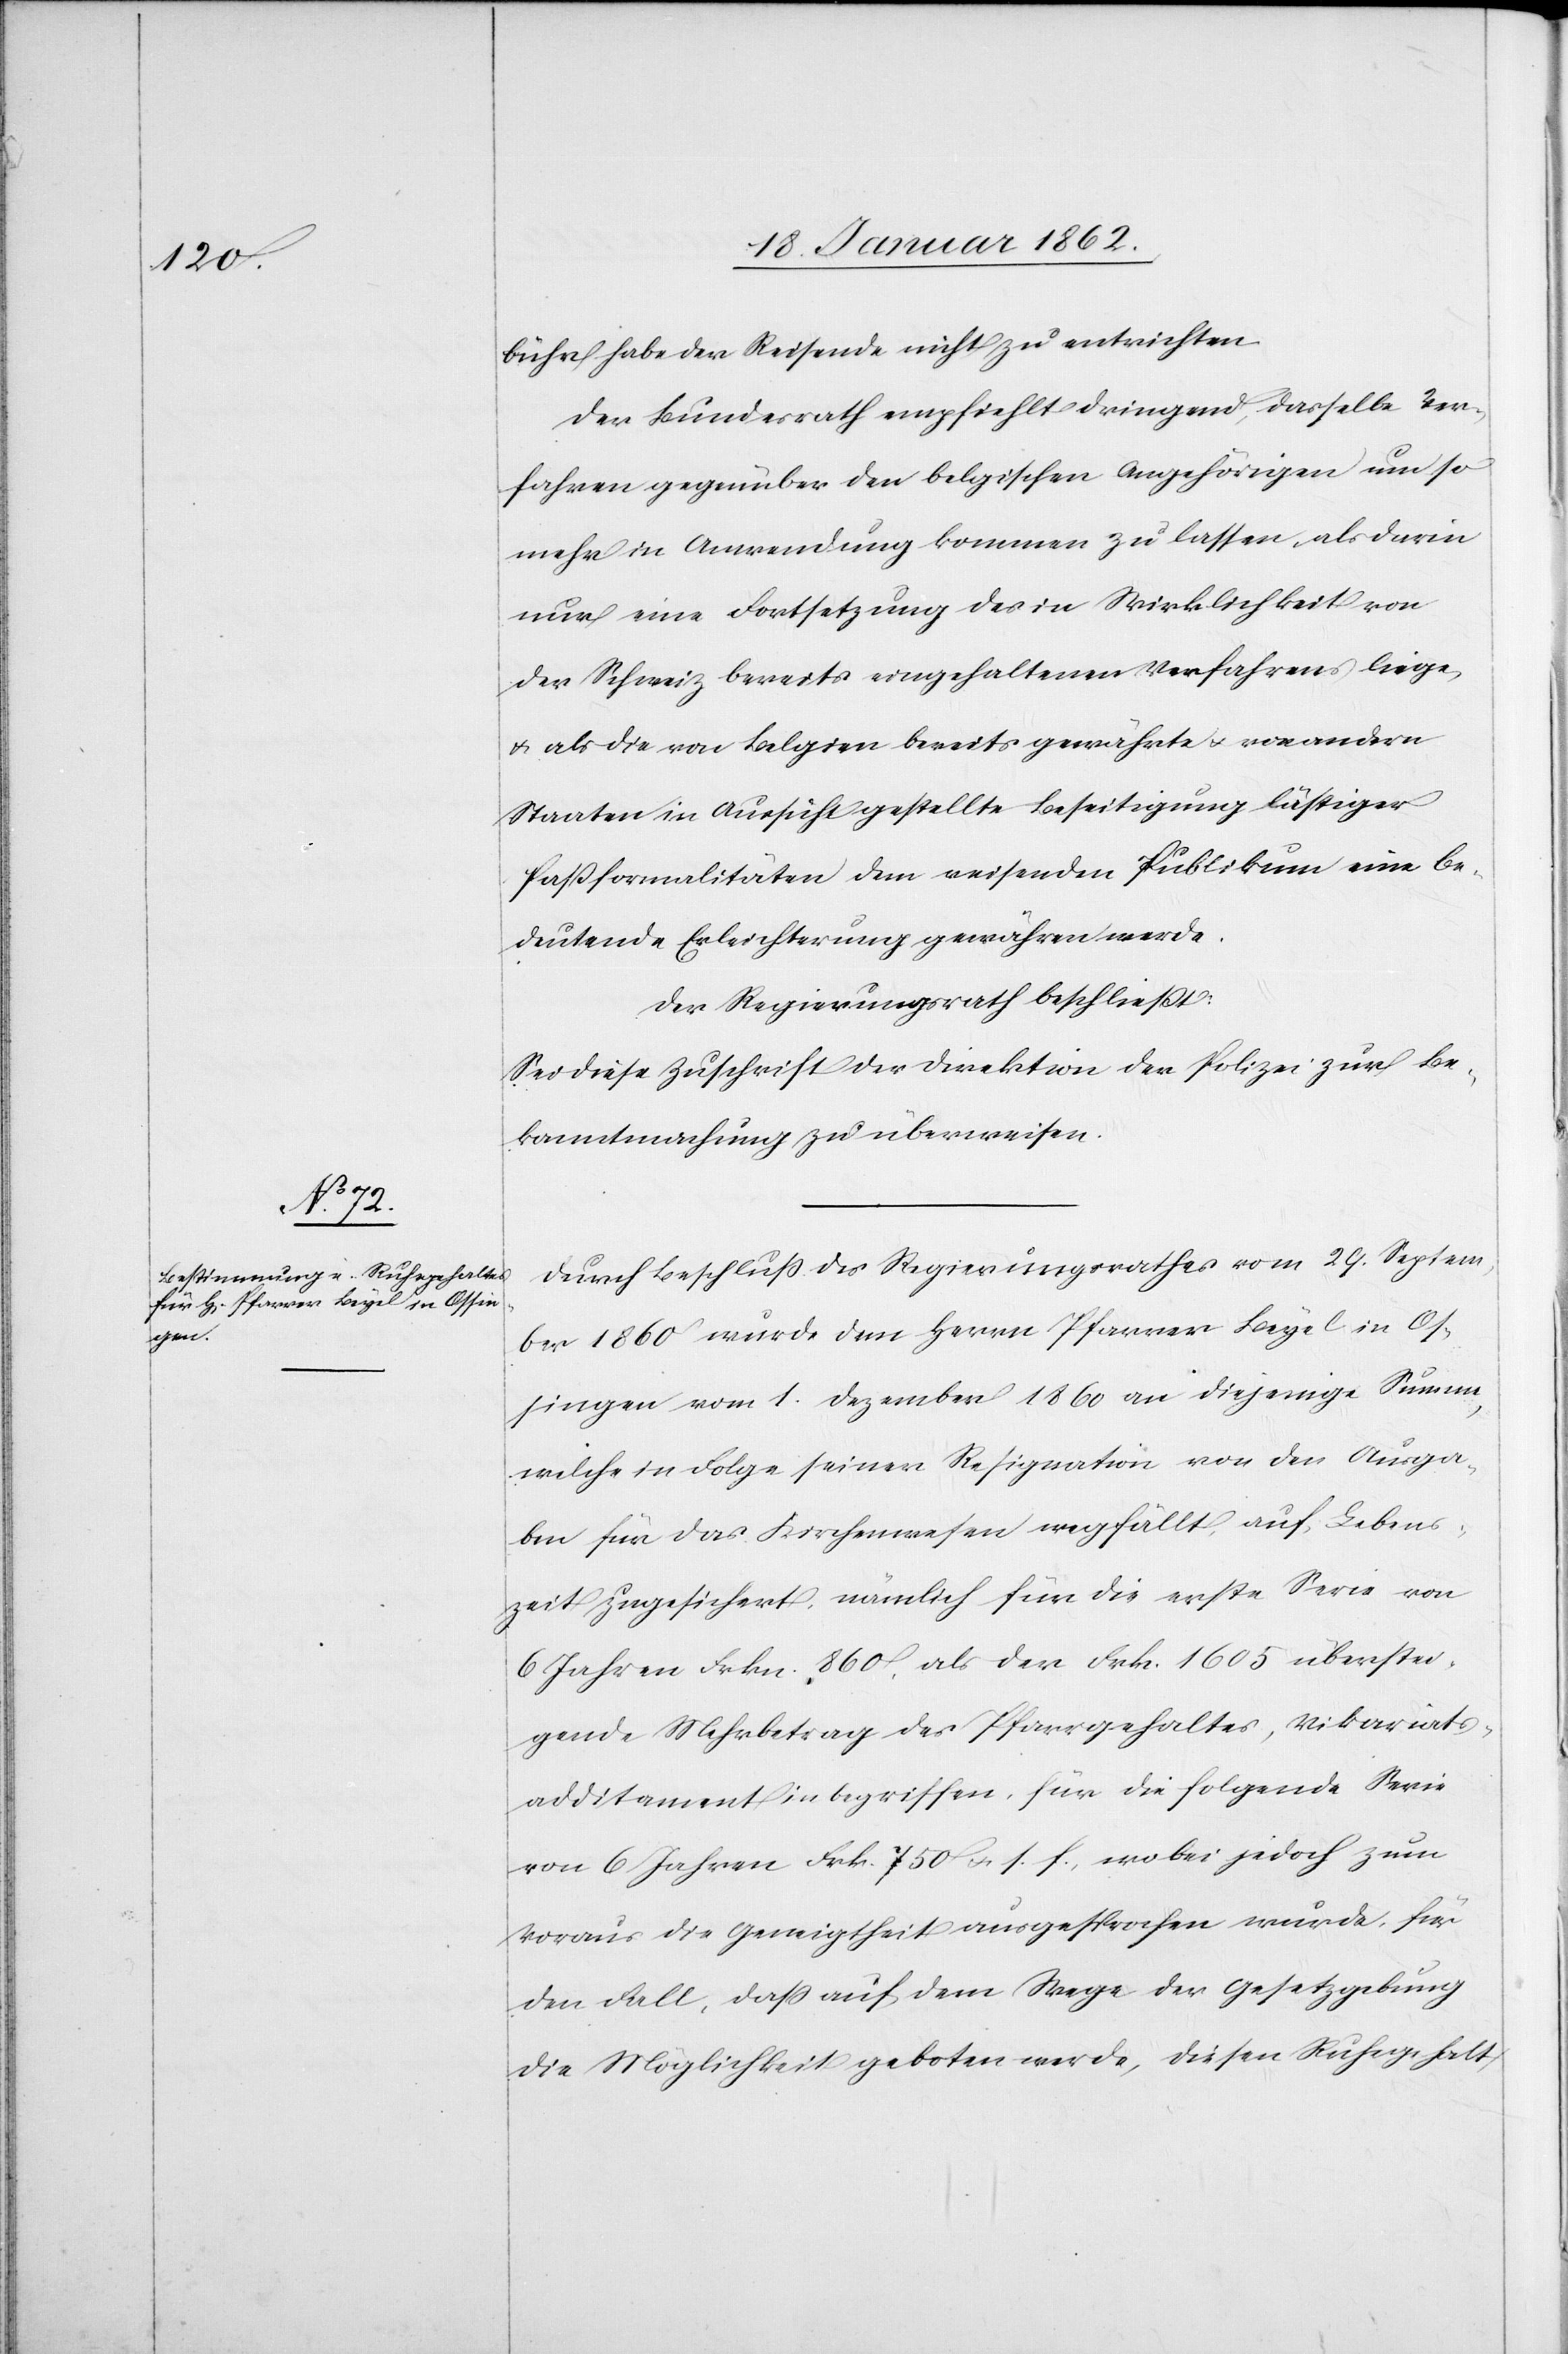
sech¬

bühr habe der Reisende nicht zu entrichten.
Der Bundesrath empfiehlt dringend, dasselbe Ver¬
fahren gegenüber den belgischen Angehörigen um so
mehr in Anwendung kommen zu lassen, als darin
nur eine Fortsetzung des in Wirklichkeit von
der Schweiz bereits eingehaltenen Verfahren liege,
u. als die von Belgien bereits gewährte u. von andern
Staaten in Aussicht gestellte Beseitigung lästiger
Paßformalitäten dem reisenden Publikum eine be¬
deutende Erleichterung gewähren werde.
Der Regierungsrath beschließt:
Sei diese Zuschrift der Direktion der Polizei zur Be¬
kanntmachung zu überweisen.
Durch Beschluß des Regierungsrathes vom 29. Septem¬
ber 1860 wurde dem Herrn Pfarrer Beyel in Os¬
singen vom 1. Dezember 1860 an diejenige Summe,
welche in Folge seiner Resignation von den Ausga¬
ben für das Kirchenwesen wegfällt, auf Lebens¬
zeit zugesichert, nämlich für die erste Serie von
s Jahren Frkn 860, als der Frk. 1605 überstei¬
gende Mehrbetrag des Pfarrgehaltes, Vikariats¬
additament inbegriffen, für die folgende Serie
von 6 Jahren Frk. 750 u. s. f., wobei jedoch zum
Voraus die Geneigtheit ausgesprochen wurde, für
den Fall, daß auf dem Wege der Gesetzgebung
die Möglichkeit geboten werde, diesen Ruhegehalt